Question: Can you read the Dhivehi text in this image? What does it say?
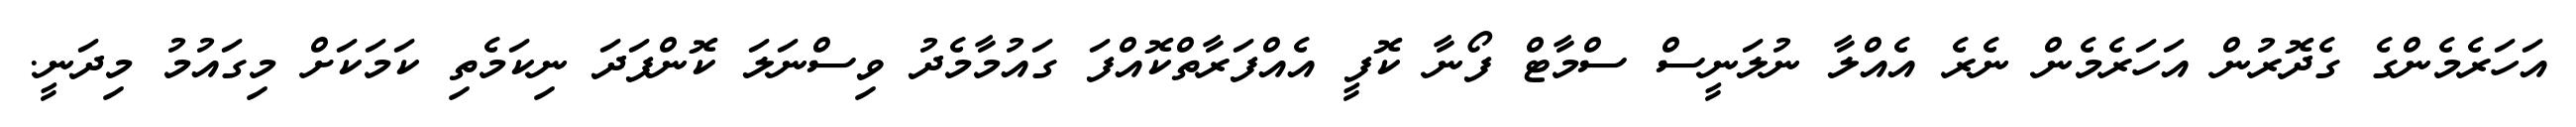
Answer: އަހަރެމެންގެ ގެދޮރުން އަހަރެމެން ނެރެ އެއްލާ ނުލަނީސް ސްމާޓް ފޯނާ ކޮފީ އެއްފަރާތްކޮއްފަ ގައުމާމެދު ވިސްނަލަ ކޮންފަދަ ނިކަމެތި ކަމަކަށް މިގައުމު މިދަނީ.